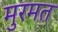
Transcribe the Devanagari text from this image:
मुरमत